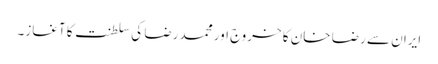
ایران سے رضا خان کا خروج اور محمد رضا کی سلطنت کا آغاز۔